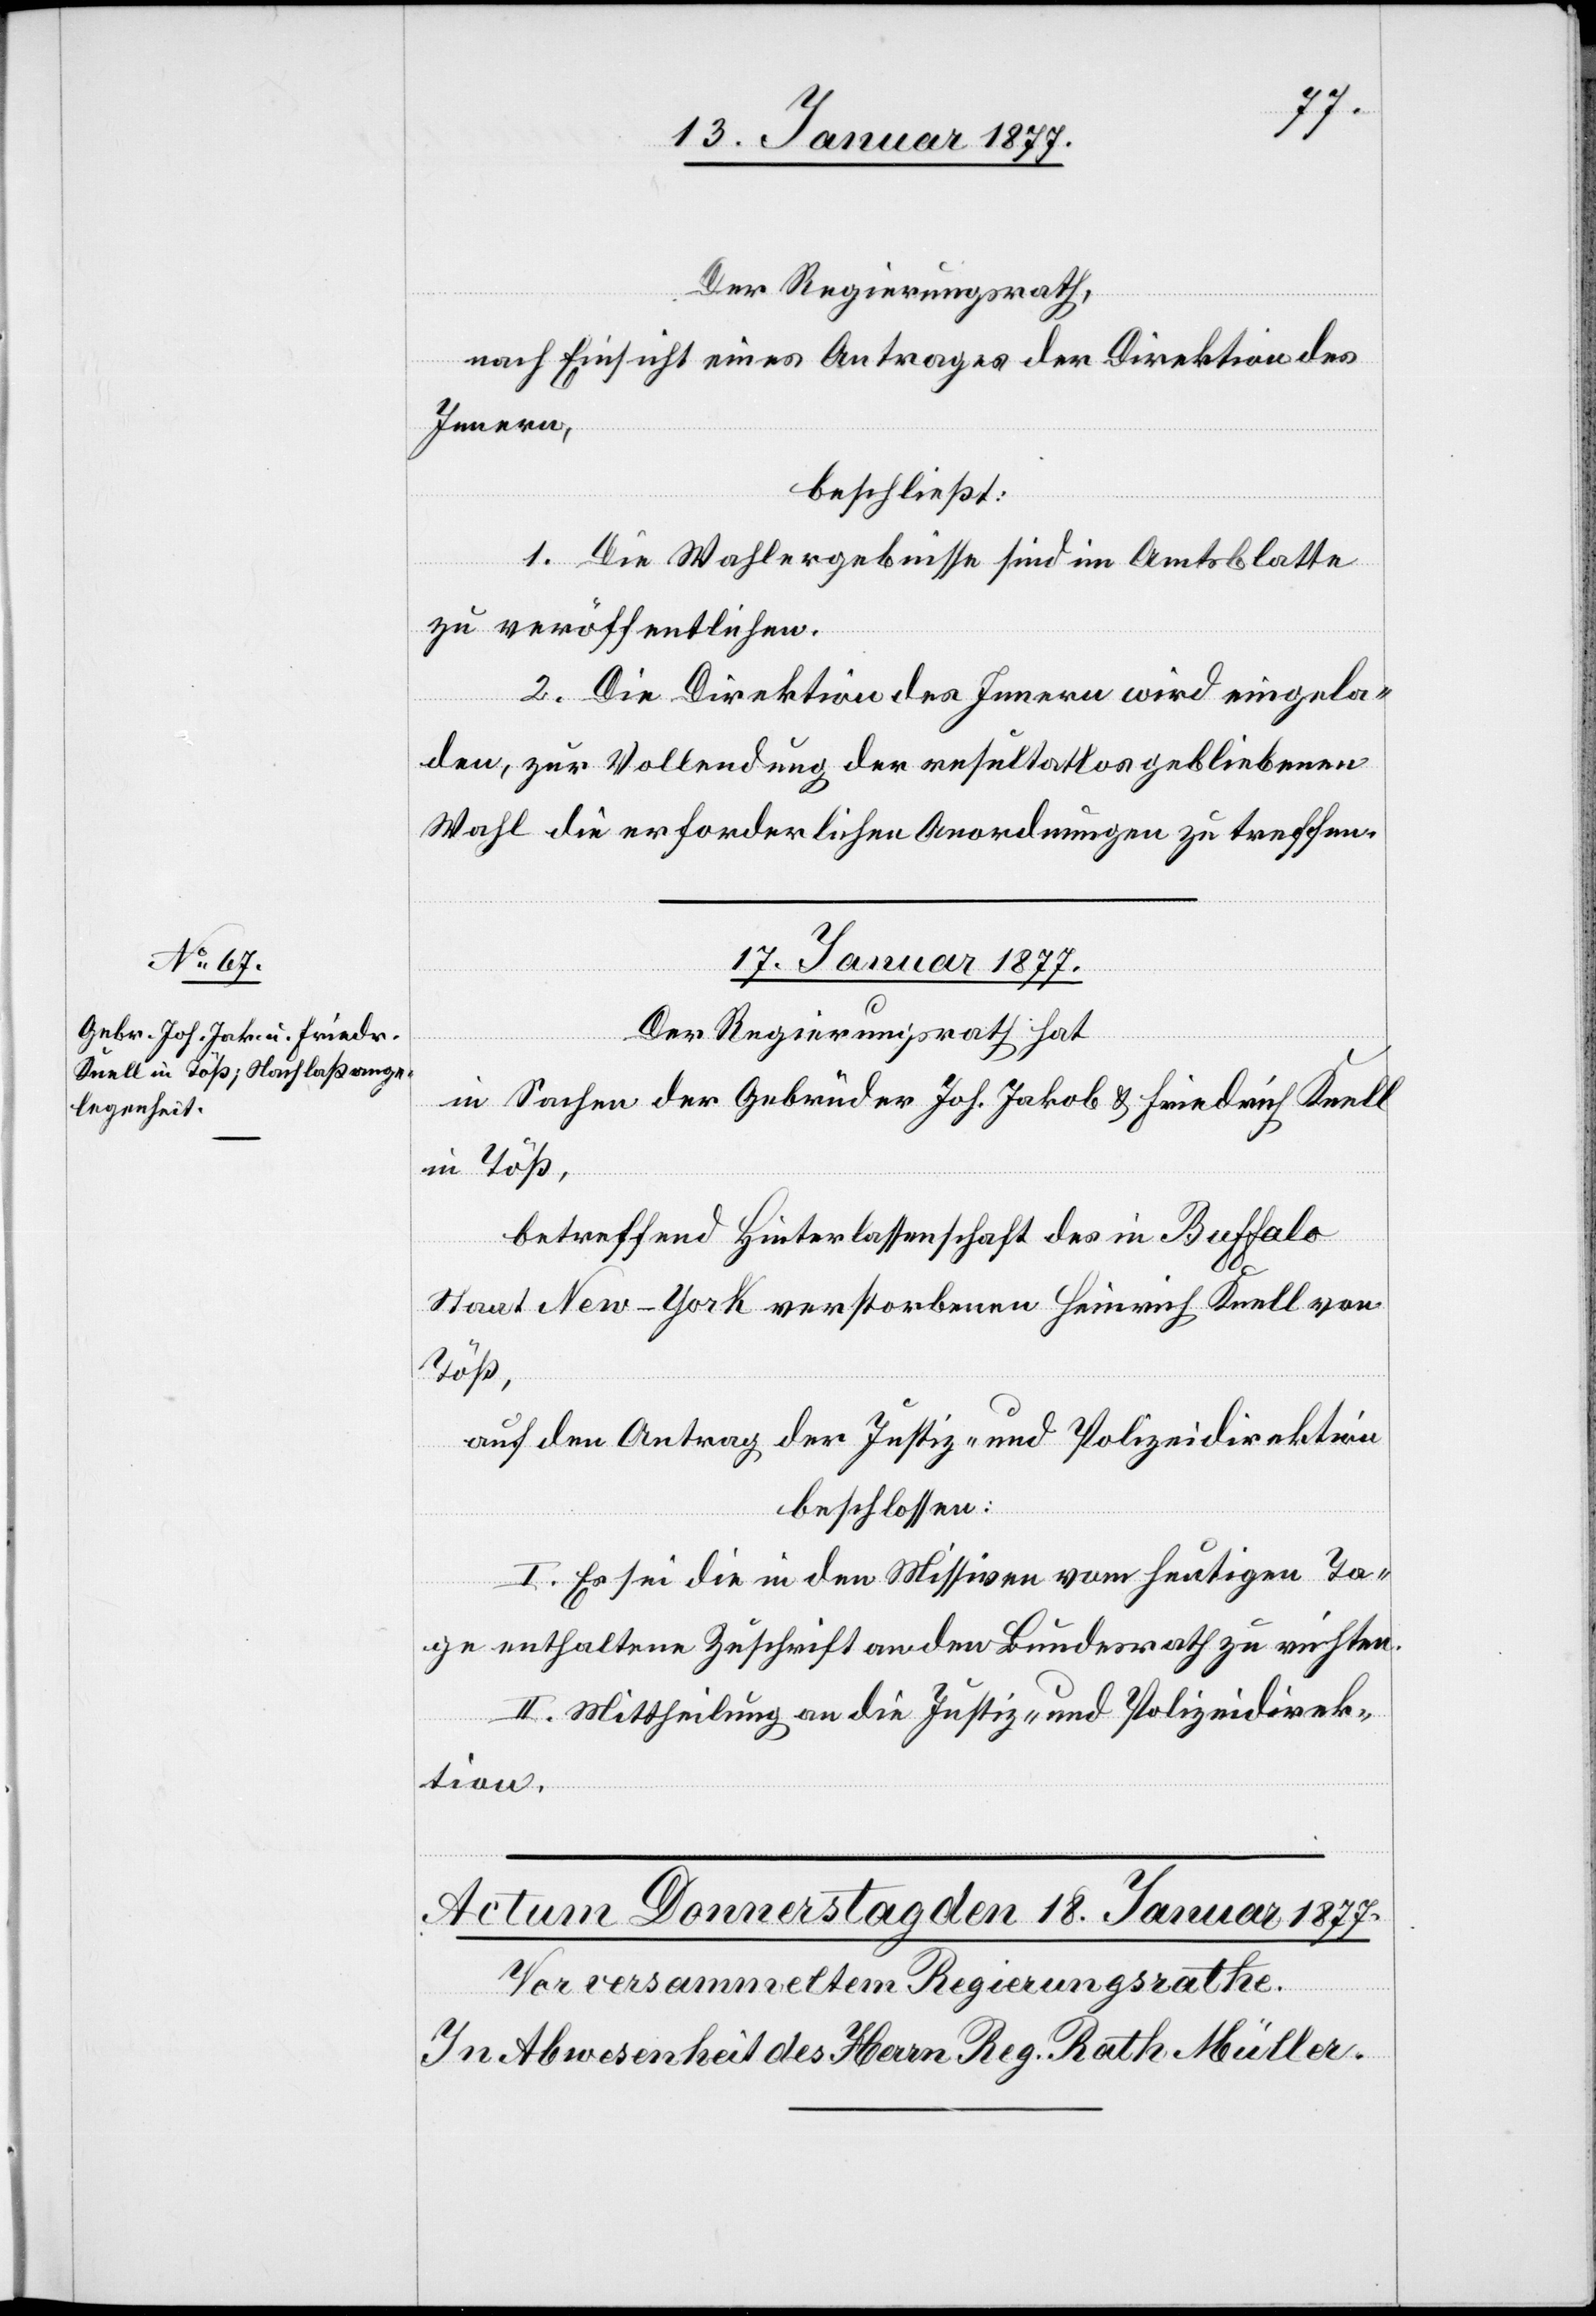
Der Regierungsrath,
nach Einsicht eines Antrages der Direktion des
Innern,
beschließt:
1. Die Wahlergebnisse sind im Amtsblatte
zu veröffentlichen.
2. Die Direktion des Innern wird eingela¬
den, zur Vollendung der resultatlos gebliebenen
Wahl die erforderlichen Anordnungen zu treffen.
17. Januar 1877.
Der Regierungsrath hat,
in Sachen der Gebrüder Joh. Jakob & Friedrich Knell
in Töß,
betreffend Hinterlassenschaft des in Buffalo
Staat New-York verstorbenen Heinrich Knell von
Töß,
auf den Antrag der Justiz- und Polizeidirektion
beschlossen:
I. Es sei die in den Missiven vom heutigen Ta¬
ge enthaltene Zuschrift an den Bundesrath zu richten.
II. Mittheilung an die Justiz- und Polizeidirek¬
tion.